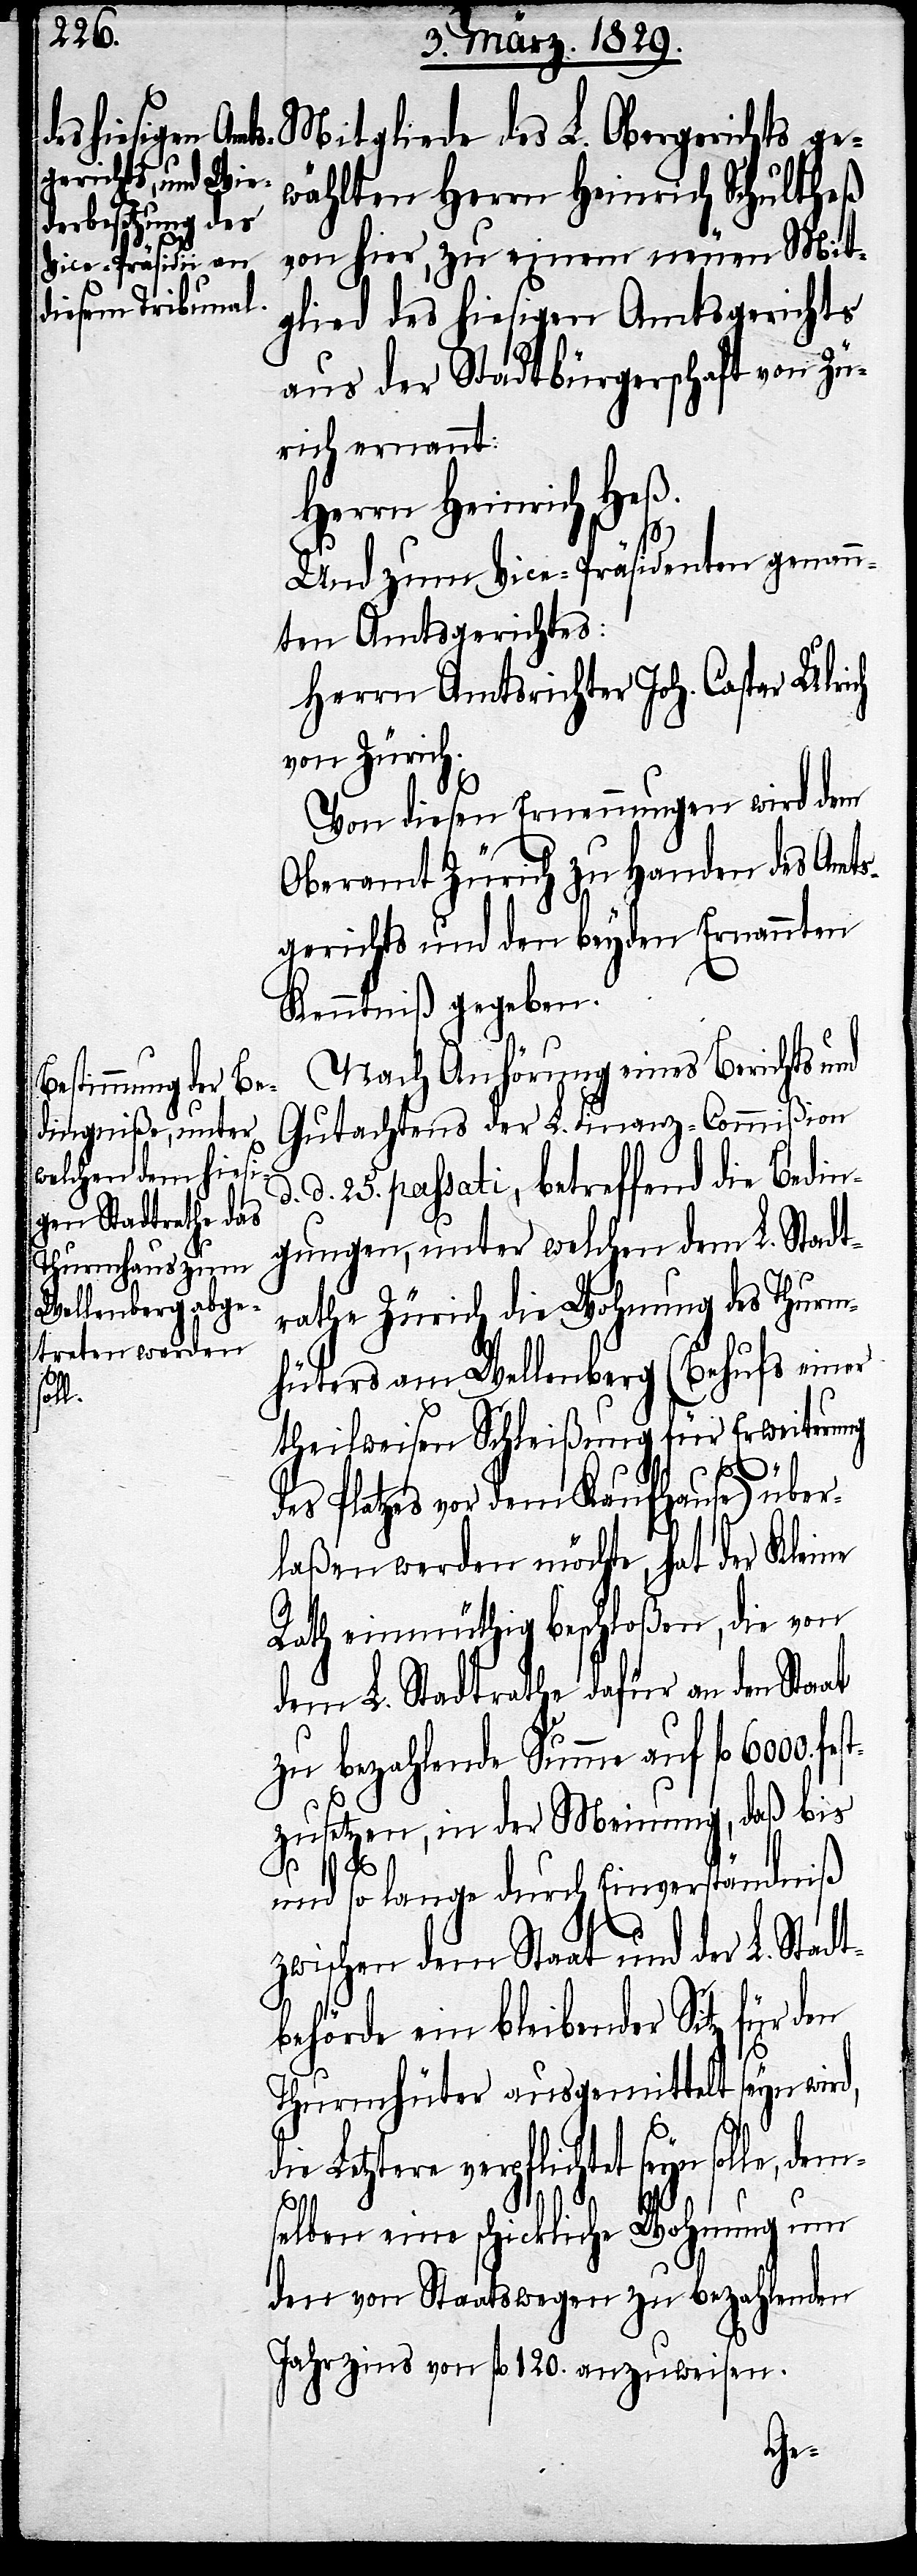
wählten Herrn Heinrich Schultheß
von hier, zu einem neuen Mit¬
glied des hiesigen Amtsgerichts
aus der Stadtbürgerschaft von Zü¬
rich ernannt:
Herrn Heinrich Heß.
fest¬
Und zum Vice-Präsidenten genann¬
ten Amtsgerichts:
Herrn Amtsrichter Joh. Caspar Ulrich
von Zürich.
Von diesen Ernennungen wird dem
Oberamt Zürich zu Handen des Amts¬
gerichts und den beyden Ernannten
Kenntniß gegeben.
Nach Anhörung eines Berichts und
Gutachtens der L. Finanz-Commißion
d. 25. passati, betreffend die Bedin¬
gungen, unter welchen dem L. Stadt¬
rathe Zürich die Wohnung des Thurm¬
hüters am Wellenberg (Behufs einer
theilweisen Schleißung für Erweiterung
des Platzes vor dem Kaufhause) über¬
laßen werden möchte, hat der Kleine
Rath einmüthig beschloßen, die von
dem L. Stadtrathe dafür an den Staat
zu bezahlende Summe auf fl. 6000.
zusetzen, in der Meinung, daß bis
und so lange durch Einverständniß
zwischen dem Staat und der L. Stadt¬
behörde ein bleibender Sitz für den
Thurmhüter ausgemittelt seyn wird,
die Letztere verpflichtet seyn
d.
solle,
selben eine schickliche Wohnung um
den von Staatswegen zu bezahlenden
Jahrzins von fl. 120. anzuweisen.
dem¬